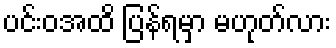
ပင်းဝအထိ ပြန်ရမှာ မဟုတ်လား